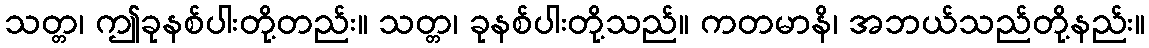
သတ္တ၊ ဤခုနစ်ပါးတို့တည်း။ သတ္တ၊ ခုနစ်ပါးတို့သည်။ ကတမာနိ၊ အဘယ်သည်တို့နည်း။